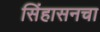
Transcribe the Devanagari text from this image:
सिंहासनचा